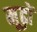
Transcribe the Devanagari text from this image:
मूढ़ों